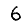
Digit: 6